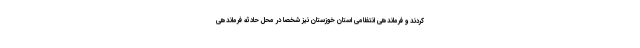
کردند و فرماندهی انتظامی استان خوزستان نیز شخصا در محل حادثه فرماندهی